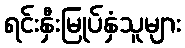
ရင်းနှီးမြုပ်နှံသူများ